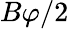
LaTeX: B\varphi/2